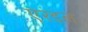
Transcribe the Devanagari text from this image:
एरंडल